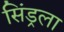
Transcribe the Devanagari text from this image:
सिंड्रला